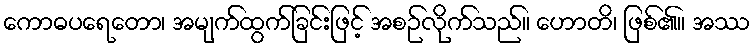
ကောဓပရေတော၊ အမျက်ထွက်ခြင်းဖြင့် အစဉ်လိုက်သည်။ ဟောတိ၊ ဖြစ်၏။ အဿ